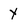
Character: y